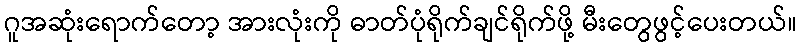
ဂူအဆုံးရောက်တော့ အားလုံးကို ဓာတ်ပုံရိုက်ချင်ရိုက်ဖို့ မီးတွေဖွင့်ပေးတယ်။